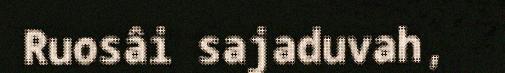
Ruosâi sajaduvah,